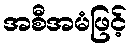
အစီအမံဖြင့်